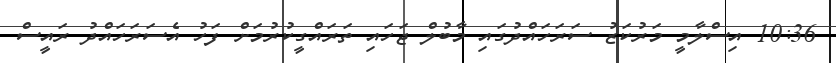
10:36 އިސްލާމީ މަރުކަޒު ސަރަހައްދުގައި މާބުލް ޖަހައި ތަރައްގީކުރުމަށް ފަހު އެސަރަހައްދު ރައީސް